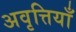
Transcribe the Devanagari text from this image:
अवृत्तियाँ